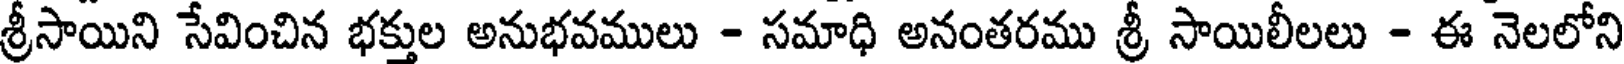
శ్రీసాయిని సేవించిన భక్తుల అనుభవములు - సమాధి అనంతరము శ్రీ సాయిలీలలు - ఈ నెలలోని